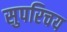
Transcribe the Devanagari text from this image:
सुपरिचय